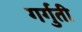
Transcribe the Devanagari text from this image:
गर्गुती